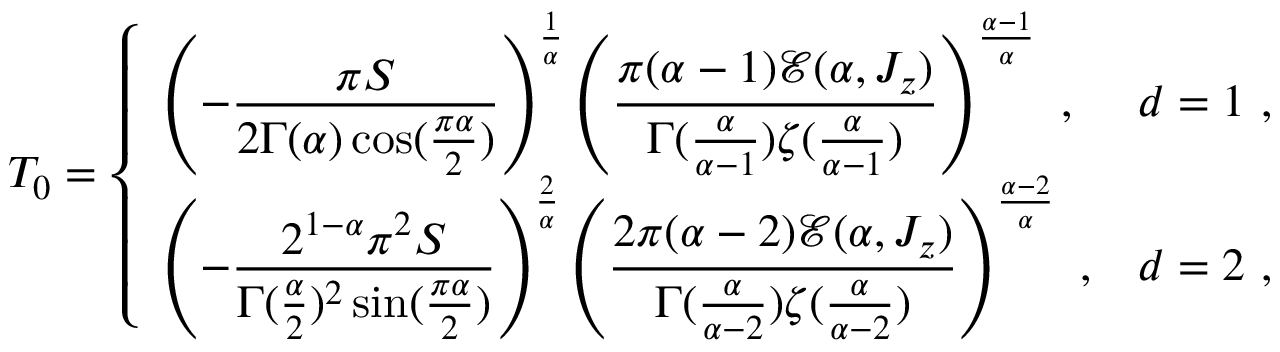
T _ { 0 } = \left\{ \begin{array} { l l } { \left( - { \displaystyle { \frac { \pi S } { 2 \Gamma ( \alpha ) \cos ( \frac { \pi \alpha } { 2 } ) } } } \right) ^ { \frac 1 \alpha } \left( { \displaystyle { \frac { \pi ( \alpha - 1 ) \mathcal E ( \alpha , J _ { z } ) } { \Gamma ( \frac { \alpha } { \alpha - 1 } ) \zeta ( \frac { \alpha } { \alpha - 1 } ) } } } \right) ^ { \frac { \alpha - 1 } { \alpha } } ~ , } & { d = 1 ~ , } \\ { \left( - { \displaystyle { \frac { 2 ^ { 1 - \alpha } \pi ^ { 2 } S } { \Gamma ( \frac \alpha 2 ) ^ { 2 } \sin ( \frac { \pi \alpha } { 2 } ) } } } \right) ^ { \frac 2 \alpha } \left( { \displaystyle { \frac { 2 \pi ( \alpha - 2 ) \mathcal E ( \alpha , J _ { z } ) } { \Gamma ( \frac { \alpha } { \alpha - 2 } ) \zeta ( \frac { \alpha } { \alpha - 2 } ) } } } \right) ^ { \frac { \alpha - 2 } { \alpha } } ~ , } & { d = 2 ~ , } \end{array} \right.